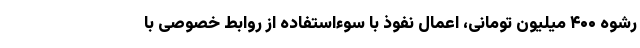
رشوه ۴۰۰ میلیون تومانی، اعمال نفوذ با سوءاستفاده از روابط خصوصی با